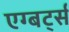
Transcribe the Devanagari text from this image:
एग्बर्ट्स